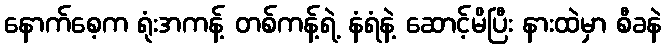
နောက်စေ့က ရုံးအကန့် တစ်ကန့်ရဲ့ နံရံနဲ့ ဆောင့်မိပြီး နားထဲမှာ စီခနဲ